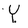
Character: Y